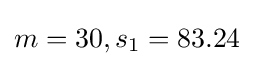
m=30,s_{1}=83.24